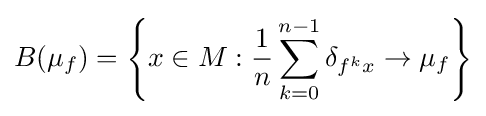
B(\mu _{f})=\left\{x\in M:{\frac {1}{n}}\sum _{k=0}^{n-1}\delta _{f^{k}x}\to \mu _{f}\right\}